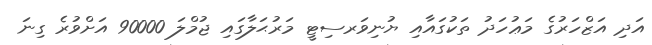
އަދި އަޒްހަރުގެ މަޢުހަދު ތަކުގައާއި ޔުނިވަރސިޓީ މަރުޙަލާގައި ޖުމްލަ 90000 އަށްވުރެ ގިނަ